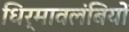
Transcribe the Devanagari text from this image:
धिर्मावलंबियों